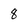
Character: 8